Annual report of the Punjab Veterinary College and of the Civil Veterinary Department, Punjab - 1909-1919
Year: 1909
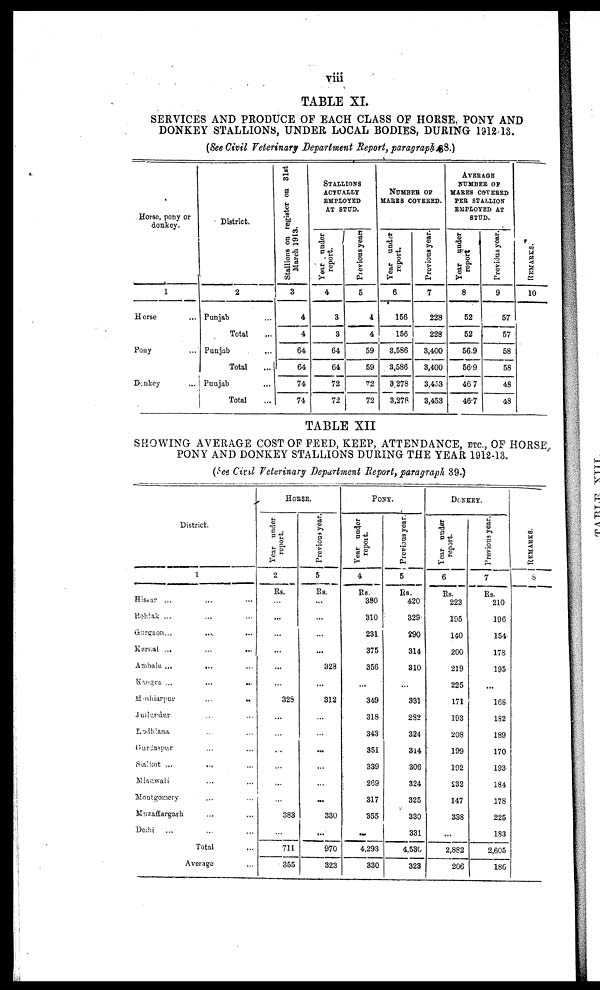
viii
TABLE XI.
SERVICES AND PRODUCE OF EACH CLASS OF HORSE, PONY AND
DONKEY STALLIONS, UNDER LOCAL BODIES, DURING 1912-13.
(See Civil Veterinary Department Report, paragraph 88.)
Horse, pony or
donkey.
1
Horse ...
Pony ...
Donkey ...
District.
2
Punjab ...
Total ...
Punjab ...
Total ...
Punjab ...
Total ...
Stallions on register on 31st
March 1913.
3
4
4
64
64
74
74
STALLIONS
ACTUALLY
EMPLOYED
AT STUD.
Year under
report.
4
3
3
64
64
72
72
Pievious year
5
4
4
59
59
72
72
NUMBER OF
MARES COVERED.
Year
under
report.
6
156
156
3,586
3,586
3,278
3,278
Previous year
7
228
228
3,400
3,400
3,453
3,453
AVERAGE
NUMBER OF
MARES COVERED
PER STALLION
EMPLOYED AT
STUD.
Year
under
report
8
52
52
56.9
56.9
46 7
46.7
Previous year.
9
57
57
58
58
48
48
RE MARKS .
10
TABLE XII
SHOWING AVERAGE COST OF FEED, KEEP, ATTENDANCE, ETC., OF HORSE,
PONY AND DONKEY STALLIONS DURING THE YEAR 1912-13.
(See Civil Veterinary Department Report, paragraph 39.)
District.
1
Hissar ... ... ...
Rohtak ... ... ...
Gurgaon...
...
...
Karnal ... ... ...
Ambala ... ... ...
Kangra ...
...
...
Hoshiarpur
...
..
Jullundur ... ...
Ludhiana ... ...
Gurdaspur ... ...
Sialkot ... ... ...
Mianwali ... ...
Montgomery ... ...
Muzaffargarh ... ...
Delhi ... ... ...
Total
Average ...
HORSE.
Year under
report.
2
Rs.
...
...
...
...
...
...
328
...
...
...
...
...
...
383
...
711
355
Previous year.
5
Rs.
...
...
...
...
328
...
312
...
...
...
...
...
...
330
...
970
323
PONY.
Year under
report.
4
Rs.
380
310
231
375
356
...
349
318
343
351
339
269
317
355
...
4,293
330
Previous year.
5
Rs.
420
329
290
314
310
...
331
282
324
314
306
324
325
330
331
4,530
323
DONKEY.
Year under
report.
6
Rs.
223
195
140
200
219
225
171
193
208
199
192
232
147
338
...
2,882
206
Previous year.
7
Rs.
210
196
154
178
195
...
168
182
189
170
193
184
178
225
183
2,605
186
RE MARKS .
8